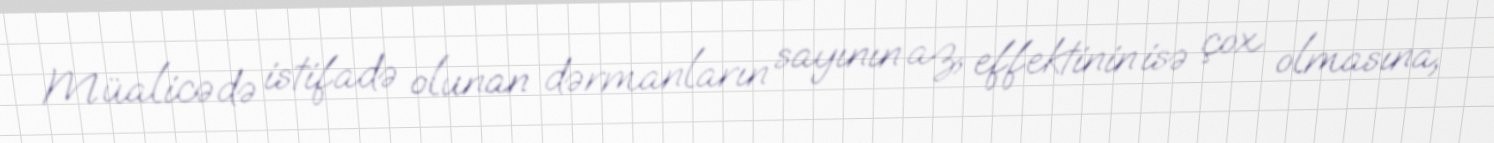
Müalicədə istifadə olunan dərmanların sayının az, effektinin isə çox olmasına,